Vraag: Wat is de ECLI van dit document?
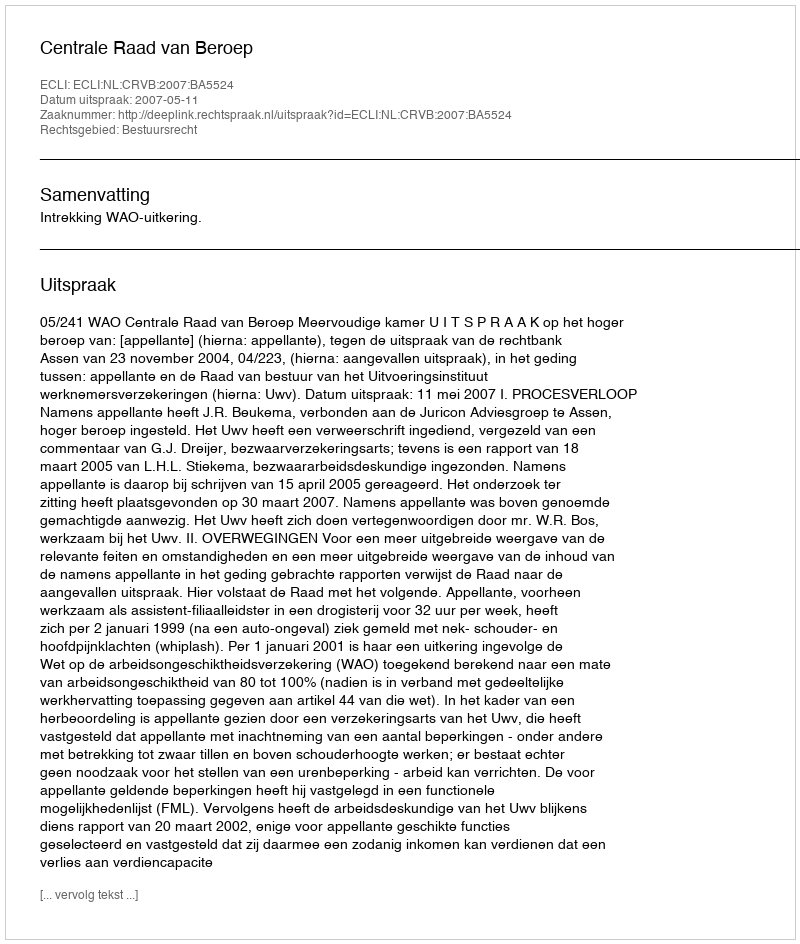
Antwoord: ECLI:NL:CRVB:2007:BA5524